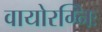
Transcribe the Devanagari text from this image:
वायोरग्निः